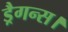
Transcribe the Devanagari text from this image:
ड्रैगन्स।